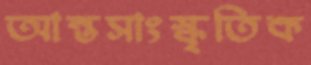
আন্তসাংস্কৃতিক